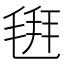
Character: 𣮚